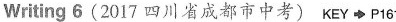
Writing6(2017四川省成都市中考)KEY P161